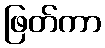
ဖြတ်ကာ